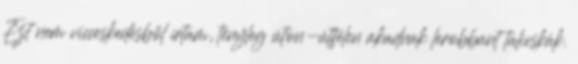
Ezt nem vicceskedésből írtam, tényleg úton-útfélen akadnak lerobbant talicskák.